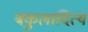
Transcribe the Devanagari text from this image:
बकुलादित्य